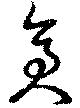
倉